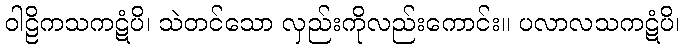
ဝါဠိကသကဋံပိ၊ သဲတင်သော လှည်းကိုလည်းကောင်း။ ပလာလသကဋံပိ၊